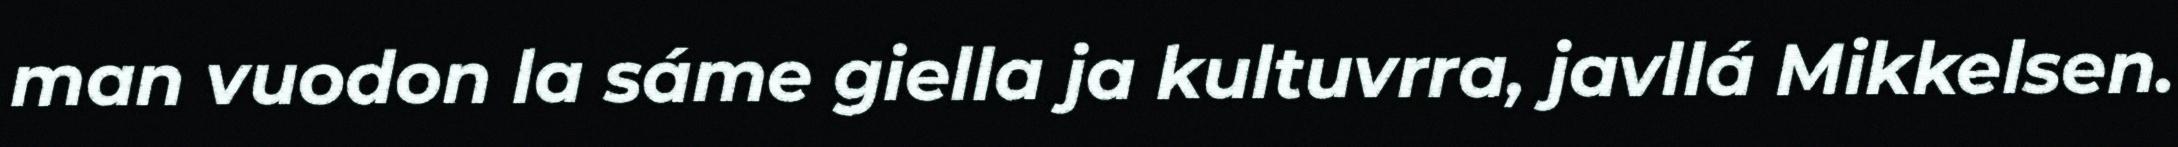
man vuodon la sáme giella ja kultuvrra, javllá Mikkelsen.